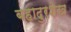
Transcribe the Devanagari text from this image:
बहादुरशेख